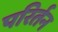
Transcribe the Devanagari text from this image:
परिर्तन